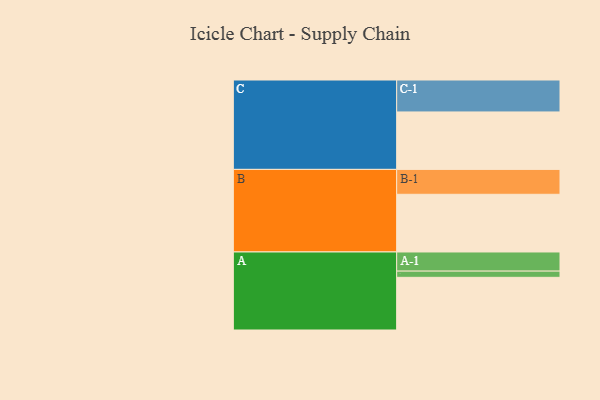
{"axis": {"x": "Segment", "y": "Value"}, "legend": ["", "A", "B", "C"], "data": [{"x": "A", "y": 440, "type": ""}, {"x": "B", "y": 482, "type": ""}, {"x": "C", "y": 480, "type": ""}, {"x": "A-1", "y": 160, "type": "A"}, {"x": "A-2", "y": 52, "type": "A"}, {"x": "B-1", "y": 208, "type": "B"}, {"x": "C-1", "y": 267, "type": "C"}]}